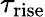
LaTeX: \tau_{\mathrm{rise}}